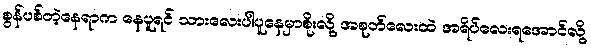
စွန်ပစ်တဲ့နေရာက နေပူရင် သားလေးပါပူနေမှာစိုးလို့ အစုတ်လေးထဲ အရိပ်လေးရအောင်လို့